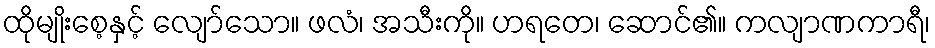
ထိုမျိုးစေ့နှင့် လျော်သော။ ဖလံ၊ အသီးကို။ ဟရတေ၊ ဆောင်၏။ ကလျာဏကာရီ၊